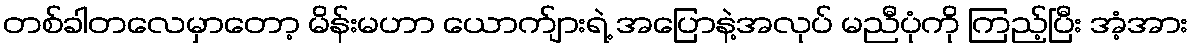
တစ်ခါတလေမှာတော့ မိန်းမဟာ ယောက်ျားရဲ့ အပြောနဲ့အလုပ် မညီပုံကို ကြည့်ပြီး အံ့အား